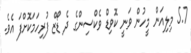
5.7 މިލިއަން މީހުން ވަނީ ކޮވިޑް ވެކްސިންގެ ދެ ޑޯޒް ފުރިހަމަކޮށްފަ އެވެ.